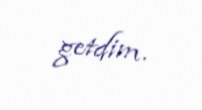
getdim.